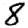
Digit: 8